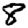
Digit: 8